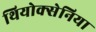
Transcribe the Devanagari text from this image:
थियोक्सेनिया